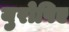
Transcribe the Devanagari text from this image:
युरोपिए